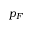
p _ { F }